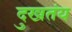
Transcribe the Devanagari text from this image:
दुखतंय